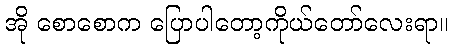
အို စောစောက ပြောပါတော့ကိုယ်တော်လေးရာ။